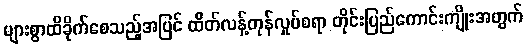
များစွာထိခိုက်စေသည့်အပြင် ထိတ်လန့်တုန်လှုပ်စရာ တိုင်းပြည်ကောင်းကျိုးအတွက်